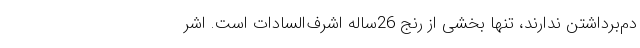
دم‌برداشتن ندارند، تنها بخشی از رنج 26‌ساله اشرف‌السادات است. اشر